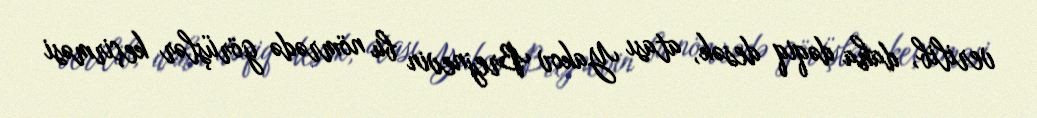
verilib, daha dəqiq desək, atası Yakov Brejnevin bu nömrədə görüşlər keçirməsi